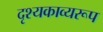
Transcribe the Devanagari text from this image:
दृश्यकाव्यरूप